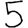
Digit: 5